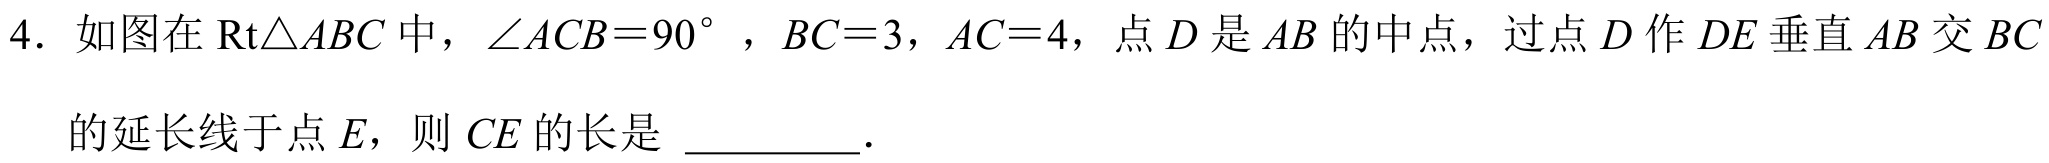
4. 如图在\(\text{Rt}\triangle ABC\)中，\(\angle ACB = 90^{\circ}\)，\(BC = 3\)，\(AC = 4\)，点\(D\)是\(AB\)的中点，过点\(D\)作\(DE\)垂直\(AB\)交\(BC\)
的延长线于点\(E\)，则\(CE\)的长是 \_\_\_\_\_\_.